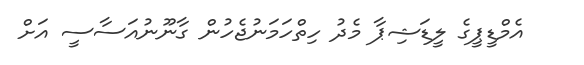
އެމްޑީޕީގެ ލީޑަޝިޕާ މެދު ހިތްހަމަނުޖެހުން ގާނޫނުއަސާސީ އަށް